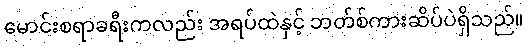
မောင်းစရာခရီးကလည်း အရပ်ထဲနှင့် ဘတ်စ်ကားဆိပ်ပဲရှိသည်။